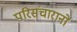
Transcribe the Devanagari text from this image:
परिसंचारानों